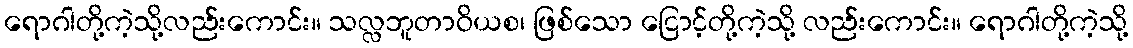
ရောဂါတို့ကဲ့သို့လည်းကောင်း။ သလ္လဘူတာဝိယစ၊ ဖြစ်သော ငြောင့်တို့ကဲ့သို့ လည်းကောင်း။ ရောဂါတို့ကဲ့သို့